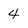
Character: 4